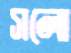
সলো